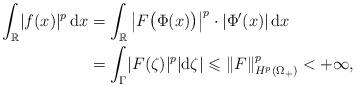
LaTeX: \begin{align*} \int_{\mathbb{R}} \lvert f(x)\rvert^p\,\mathrm{d}x &= \int_{\mathbb{R}} \big\lvert F\big(\Phi(x)\big)\big\rvert^p \cdot \lvert \Phi'(x)\rvert\,\mathrm{d}x \\ &= \int_{\Gamma} \lvert F(\zeta)\rvert^p \lvert\mathrm{d}\zeta\rvert \leqslant \lVert F\rVert_{H^p(\Omega_+)}^p < +\infty, \end{align*}